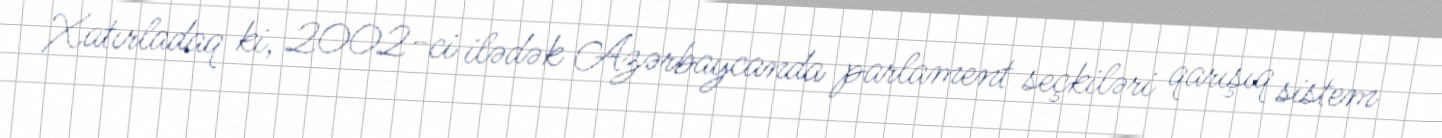
Xatırladaq ki, 2002-ci ilədək Azərbaycanda parlament seçkiləri qarışıq sistem